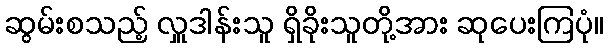
ဆွမ်းစသည့် လှူဒါန်းသူ ရှိခိုးသူတို့အား ဆုပေးကြပုံ။